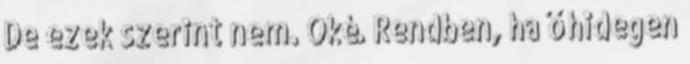
De ezek szerint nem. Oké. Rendben, ha ő hidegen